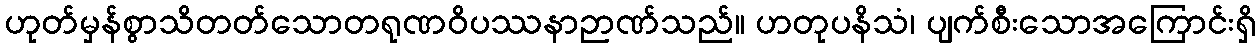
ဟုတ်မှန်စွာသိတတ်သောတရုဏဝိပဿနာဉာဏ်သည်။ ဟတုပနိသံ၊ ပျက်စီးသောအကြောင်းရှိ